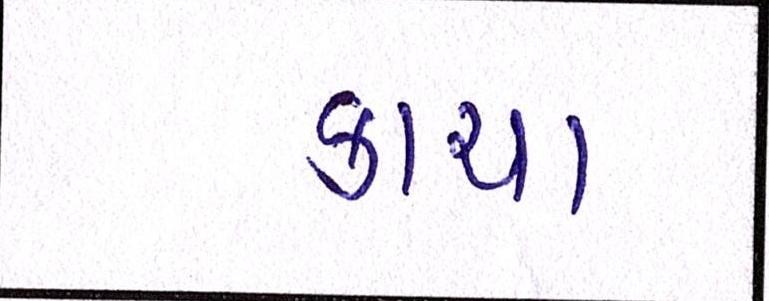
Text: કાચા